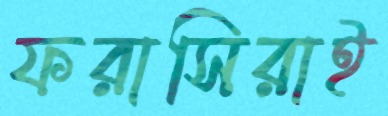
ফরাসিরাই